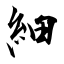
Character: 細